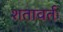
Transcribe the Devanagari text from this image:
शतावर्तः